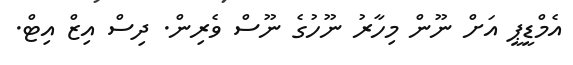
އެމްޑީޕީ އަށް ނޫން މިހާރު ނޫހުގެ ނޫސް ވެރިން. ދިސް އިޒް އިޓް.